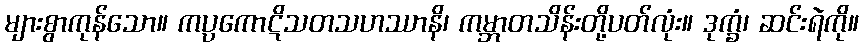
များစွာကုန်သော။ ကပ္ပကောဋိသတသဟဿာနိ၊ ကမ္ဘာတသိန်းတို့ပတ်လုံး။ ဒုက္ခံ၊ ဆင်းရဲကို။